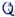
Text: Q